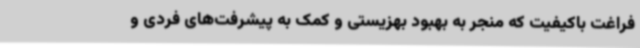
فراغت باکیفیت که منجر به بهبود بهزیستی و کمک به پیشرفت‌های فردی و